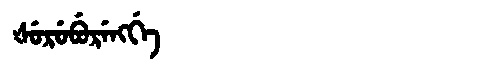
Manchu: ᡧᡠᡵᡠᠪᡠᡵᡝᠩᡤᡝ
Romanization: ŠURUBURENGGE